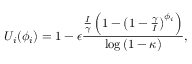
U _ { i } ( \phi _ { i } ) = 1 - \epsilon \frac { \frac { I } { \gamma } \left( 1 - \left( 1 - \frac { \gamma } { I } \right) ^ { \phi _ { i } } \right) } { \log { ( 1 - \kappa ) } } ,